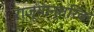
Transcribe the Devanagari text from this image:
राज्यान्तरिक